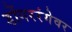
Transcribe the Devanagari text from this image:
डोंगररंगेवर